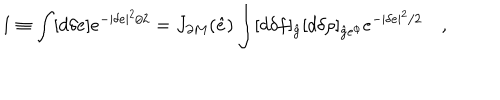
LaTeX: 1 \equiv \int [ d \delta e ] e ^ { - | \delta e | ^ { 2 } / 2 } = J _ { \partial M } ( \hat { e } ) \int [ d \delta f ] _ { \hat { g } } [ d \delta \rho ] _ { { \hat { g } } e ^ { \phi } } e ^ { - | \delta e | ^ { 2 } / 2 } \quad ,